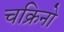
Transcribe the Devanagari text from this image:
चक्रिनो